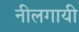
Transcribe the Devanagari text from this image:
नीलगायी